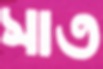
সাত